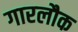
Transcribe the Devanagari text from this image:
गारलौक